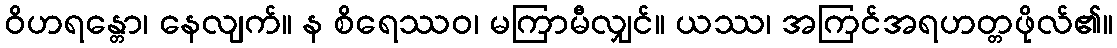
ဝိဟရန္တော၊ နေလျက်။ န စိရေဿဝ၊ မကြာမီလျှင်။ ယဿ၊ အကြင်အရဟတ္တဖိုလ်၏။